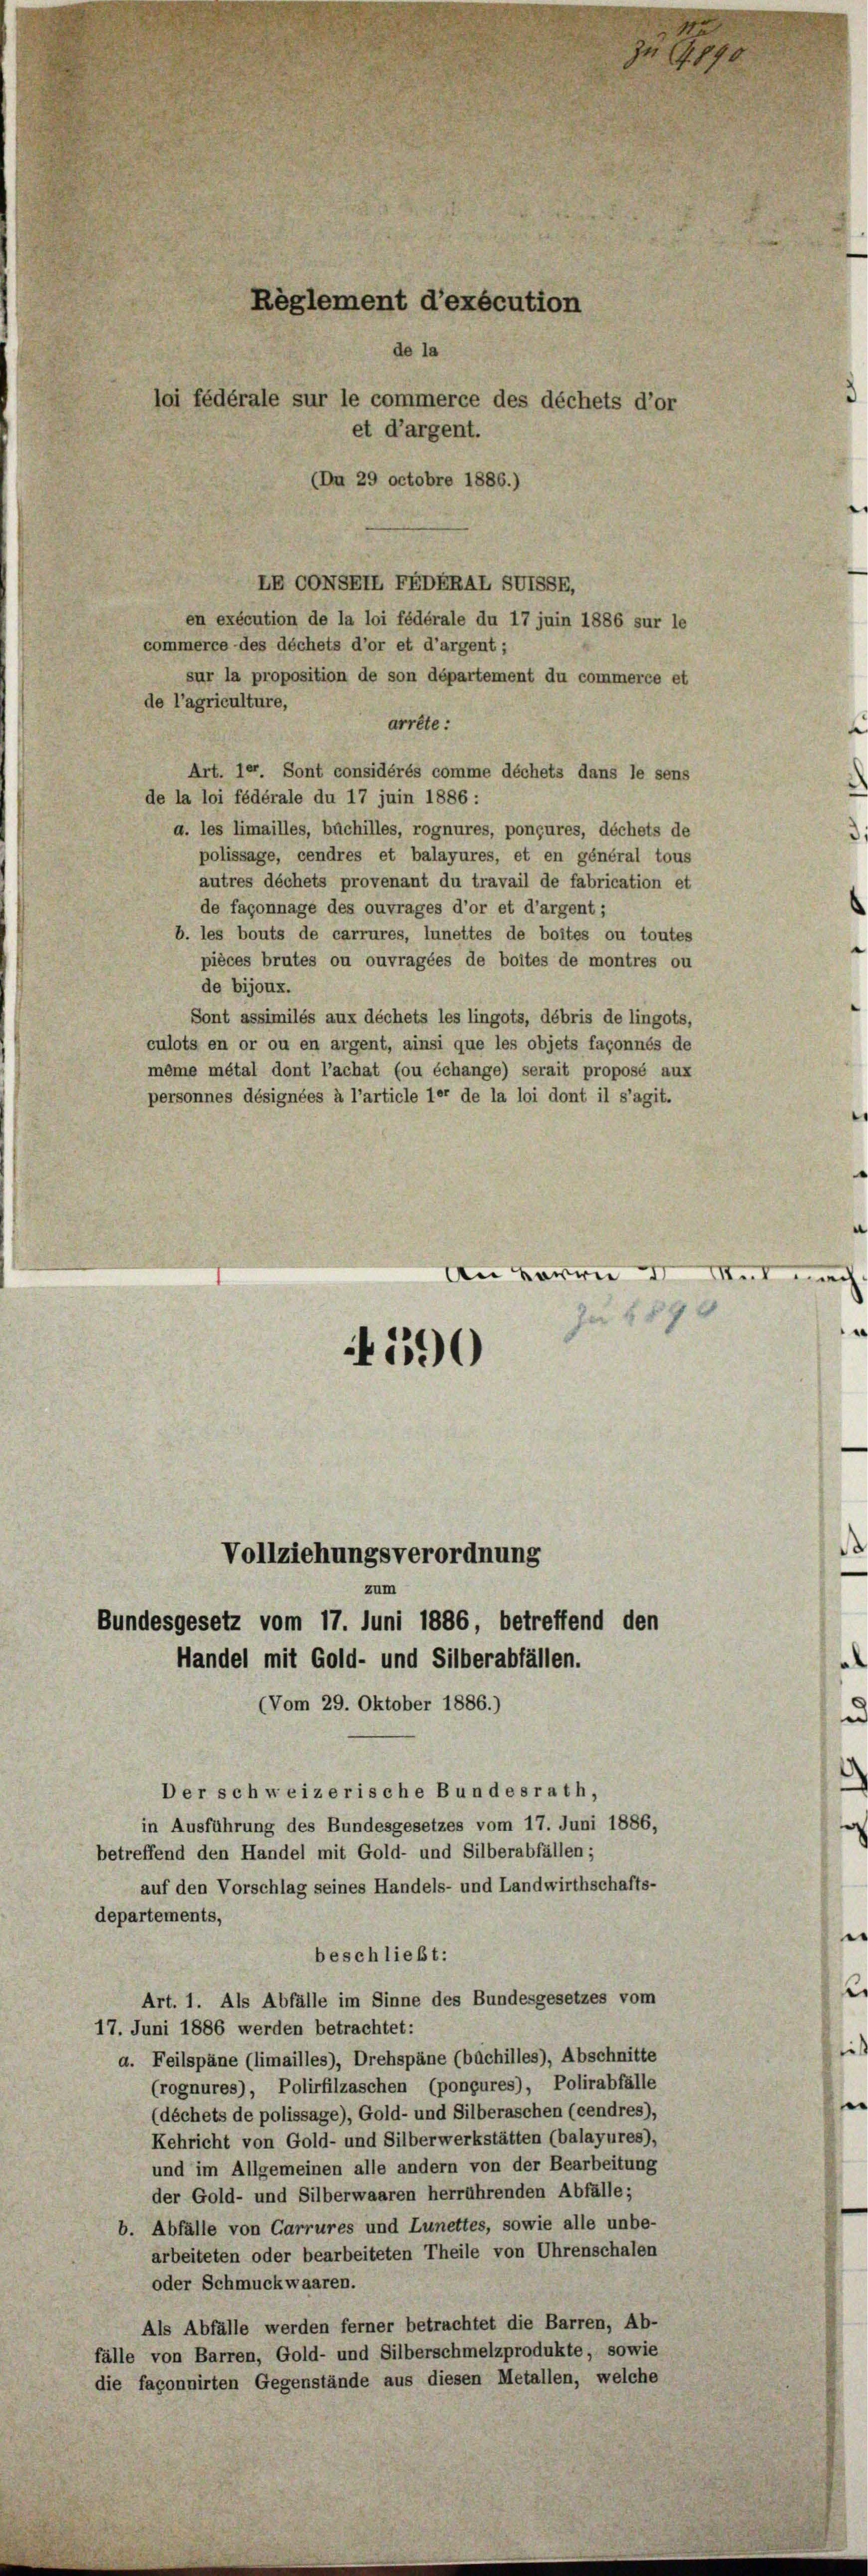
en exécution de la loi fédérale du 17 juin 1886 sur le
commerce des déchets d’or et d’argent;
sur la proposition de son département du commerce et
de l’agriculture,
arrête:
Art. 1er. Sont considérés comme déchets dans le sens
de la loi fédérale du 17 juin 1886:
a. les limailles, bachilles, rognures, ponçures, déchets de
polissage, cendres et balayures, et en général tous
autres déchets provenant du travail de fabrication et
de façonnage des ouvrages d’or et d’argent;
b. les bouts de carrures, lunettes de boites ou toutes
pièces brutes ou ouvragées de boites de montres ou
de bijoux.
Sont assimilés aux déchets les lingots, débris de lingots,
culots en or ou en argent, ainsi que les objets façonnés de
même métal dont l’achat (ou échange) serait proposé aux
personnes désignées à l’article 1er de la loi dont il s’agit.
An Korre I 1
zu 1896
Vollziehungsverordnung
zum
Bundesgesetz vom 17. Juni 1886, betreffend den
Handel mit Gold- und Silberabfällen.
(Vom 29. Oktober 1886.)
Der schweizerische Bundesrath,
in Ausführung des Bundesgesetzes vom 17. Juni 1886,
betreffend den Handel mit Gold- und Silberabfällen;
auf den Vorschlag seines Handels- und Landwirthschafts-
departements,
beschließt:
Art. 1. Als Abfälle im Sinne des Bundesgesetzes vom
17. Juni 1886 werden betrachtet:
a. Feilspäne (limailles), Drehspäne (bachilles), Abschnitte
(rognures), Polirfilzaschen (pongures), Polirabfälle
(déchets de polissage), Gold- und Silberaschen (cendres),
Kehricht von Gold- und Silberwerkstätten (balayures),
und im Allgemeinen alle andern von der Bearbeitung
der Gold- und Silberwaaren herrührenden Abfälle;
b. Abfälle von Carrures und Lunettes, sowie alle unbe-
arbeiteten oder bearbeiteten Theile von Uhrenschalen
oder Schmuckwaaren.
Als Abfälle werden ferner betrachtet die Barren, Ab-
fälle von Barren, Gold- und Silberschmelzprodukte, sowie
die façonnirten Gegenstände aus diesen Metallen, welche

Réglement d’exécution
de la
loi fédérale sur le commerce des déchets d’or
et d’argent.
(Dn 29 octobre 1886.)

LR CONSEIL FEDRRAL SUTSSE,

4590